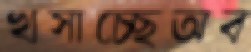
খসাচ্ছেঅব